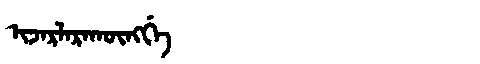
Manchu: ᡳᠵᠠᡵᠯᠠᡵᠠᡴᡡᠩᡤᡝ
Romanization: IJARLARAKŪNGGE